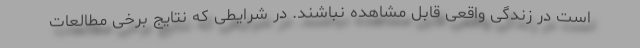
است در زندگی واقعی قابل مشاهده نباشند. در شرایطی که نتایج برخی مطالعات